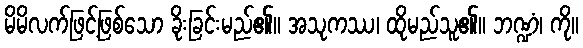
မိမိလက်ဖြင့်ဖြစ်သော ခိုးခြင်းမည်၏။ အသုကဿ၊ ထိုမည်သူ၏။ ဘဏ္ဍံ၊ ကို။